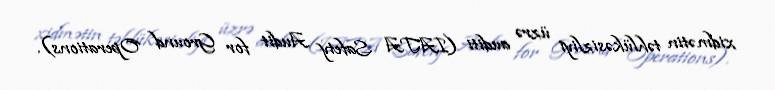
xidmətin təhlükəsizliyi üzrə auditi (IATA Safety Audit for Ground Operations).